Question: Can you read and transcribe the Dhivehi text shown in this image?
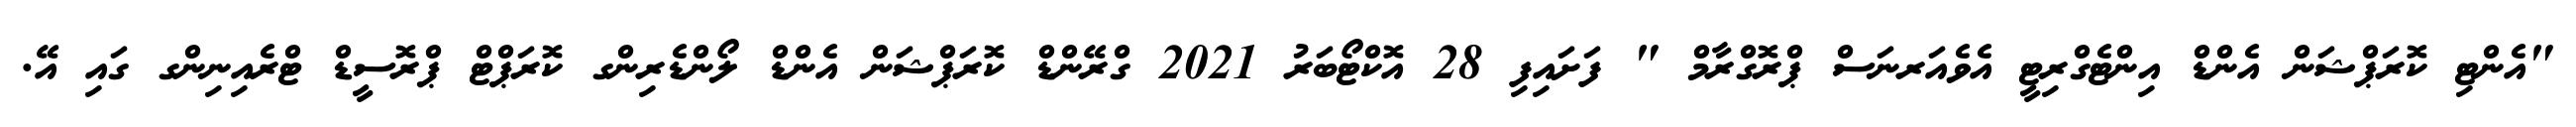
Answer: "އެންޓި ކޮރަޕްޝަން އެންޑް އިންޓެގްރިޓީ އެވެއަރނަސް ޕްރޮގްރާމް " ފަށައިފި 28 އޮކްޓޯބަރު 2021 ގްރޭންޑް ކޮރަޕްޝަން އެންޑް ލޯންޑެރިންގ ކޮރަޕްޓް ޕްރޮސީޑް ޓްރެއިނިންގ ގައި އޭ.